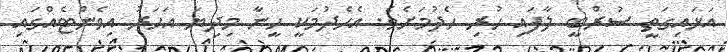
އަޅައިގަތީ ސުރްބީ ލާފައި ހުރި ހެދުމަށެވެ. އެހެދުމަކީ ހީނާ މިދިޔަ އަހަރު އިވެންޓެއްގައި